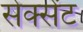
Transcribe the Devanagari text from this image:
सेक्सेंट